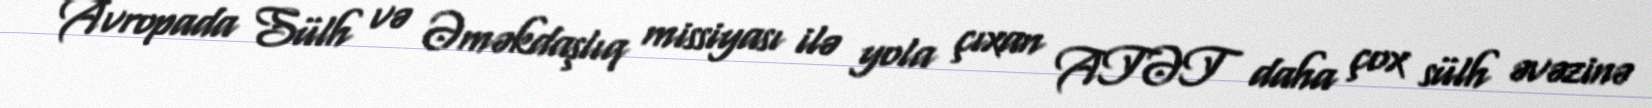
Avropada Sülh və Əməkdaşlıq missiyası ilə yola çıxan ATƏT daha çox sülh əvəzinə